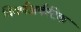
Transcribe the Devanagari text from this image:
विवर्णअर्कटिक